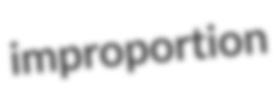
improportion